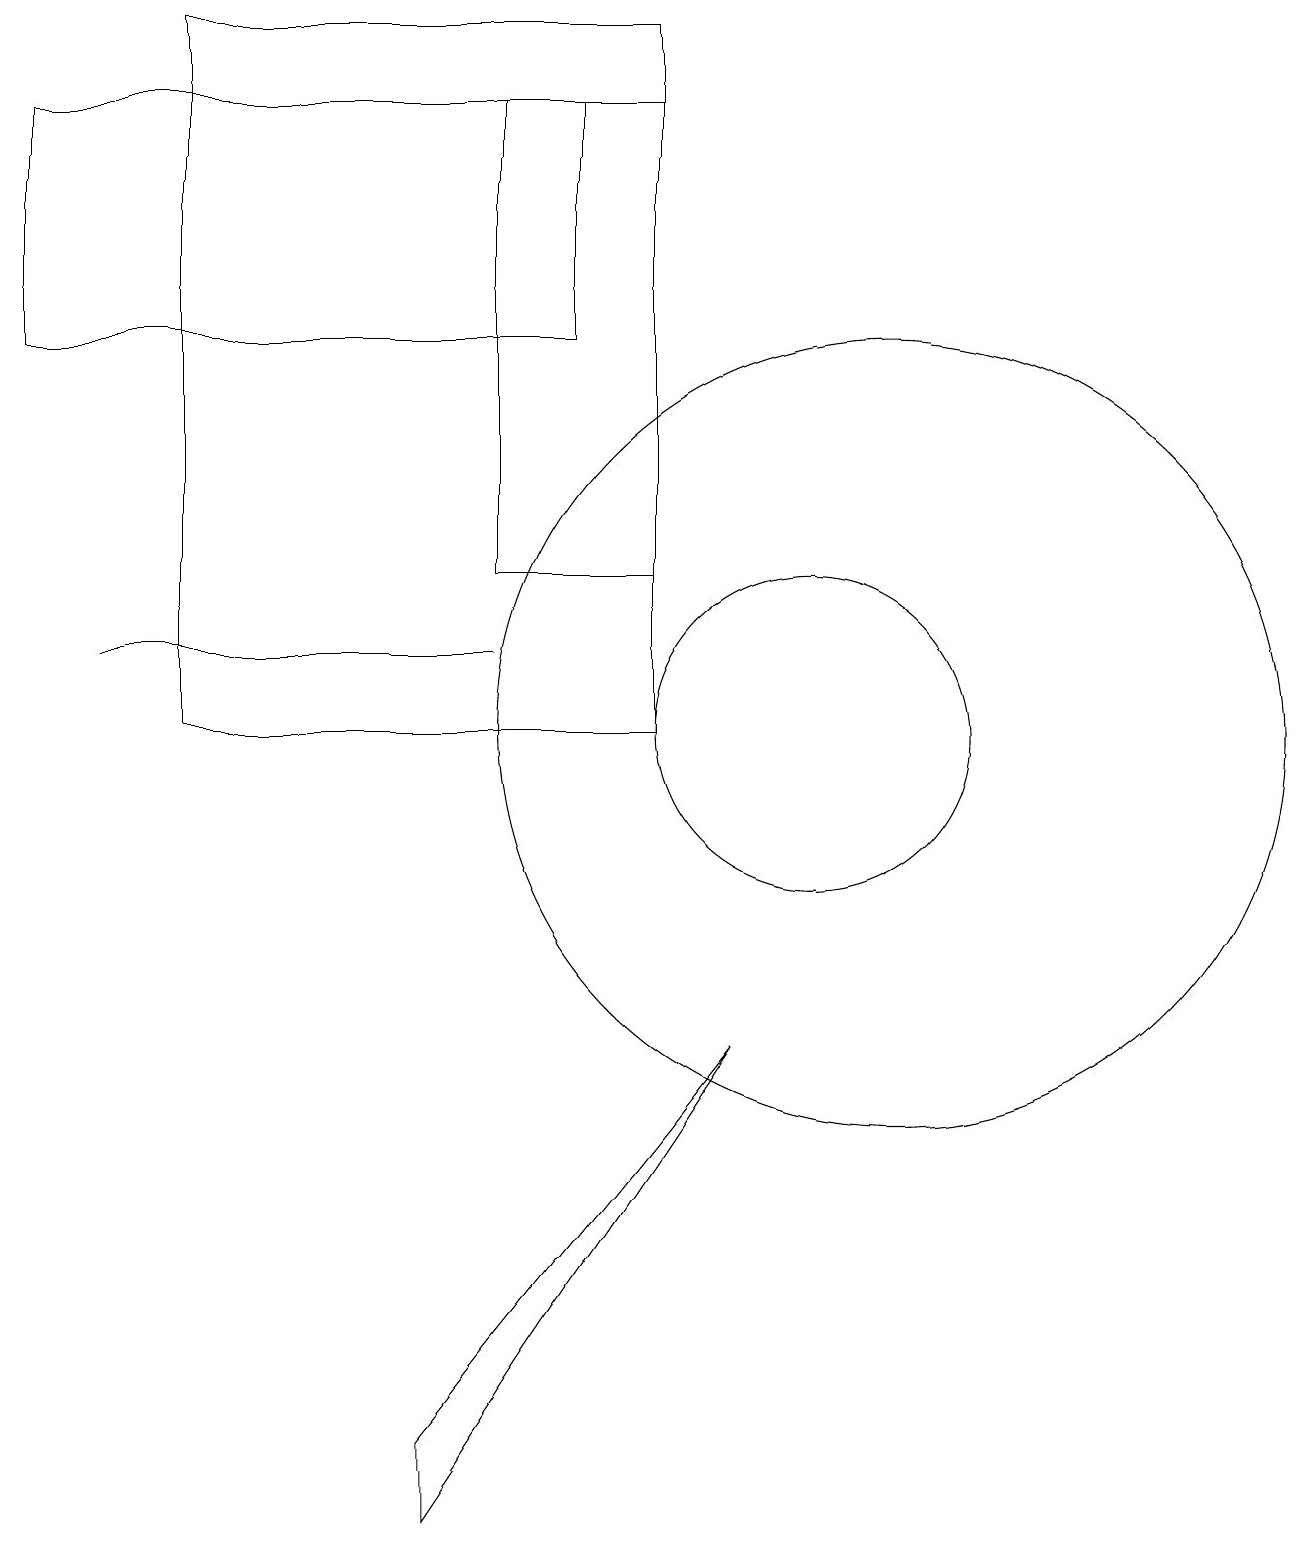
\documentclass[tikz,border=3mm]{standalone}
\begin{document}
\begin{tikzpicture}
\draw (2,10) rectangle (8,19);
\draw (8,18) rectangle (6,12);
\draw (1,11) rectangle (6,11);
\draw (5,0) -- (9,6) -- (5,1) -- cycle;
\draw (7,15) rectangle (0,18);
\draw (11,10) circle (5);
\draw (10,10) circle (2);
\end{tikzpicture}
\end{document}